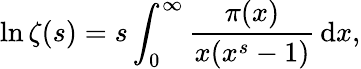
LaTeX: \ln\zeta(s)=s\int_{0}^{\infty}{\frac{\pi(x)}{x(x^{s}-1)}}\, \mathrm{d}x,